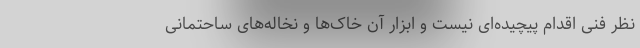
نظر فنی اقدام پیچیده‌ای نیست و ابزار آن خاک‌ها و نخاله‌های ساحتمانی